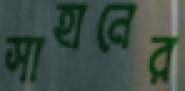
সাহানের